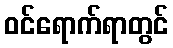
ဝင်ရောက်ရာတွင်